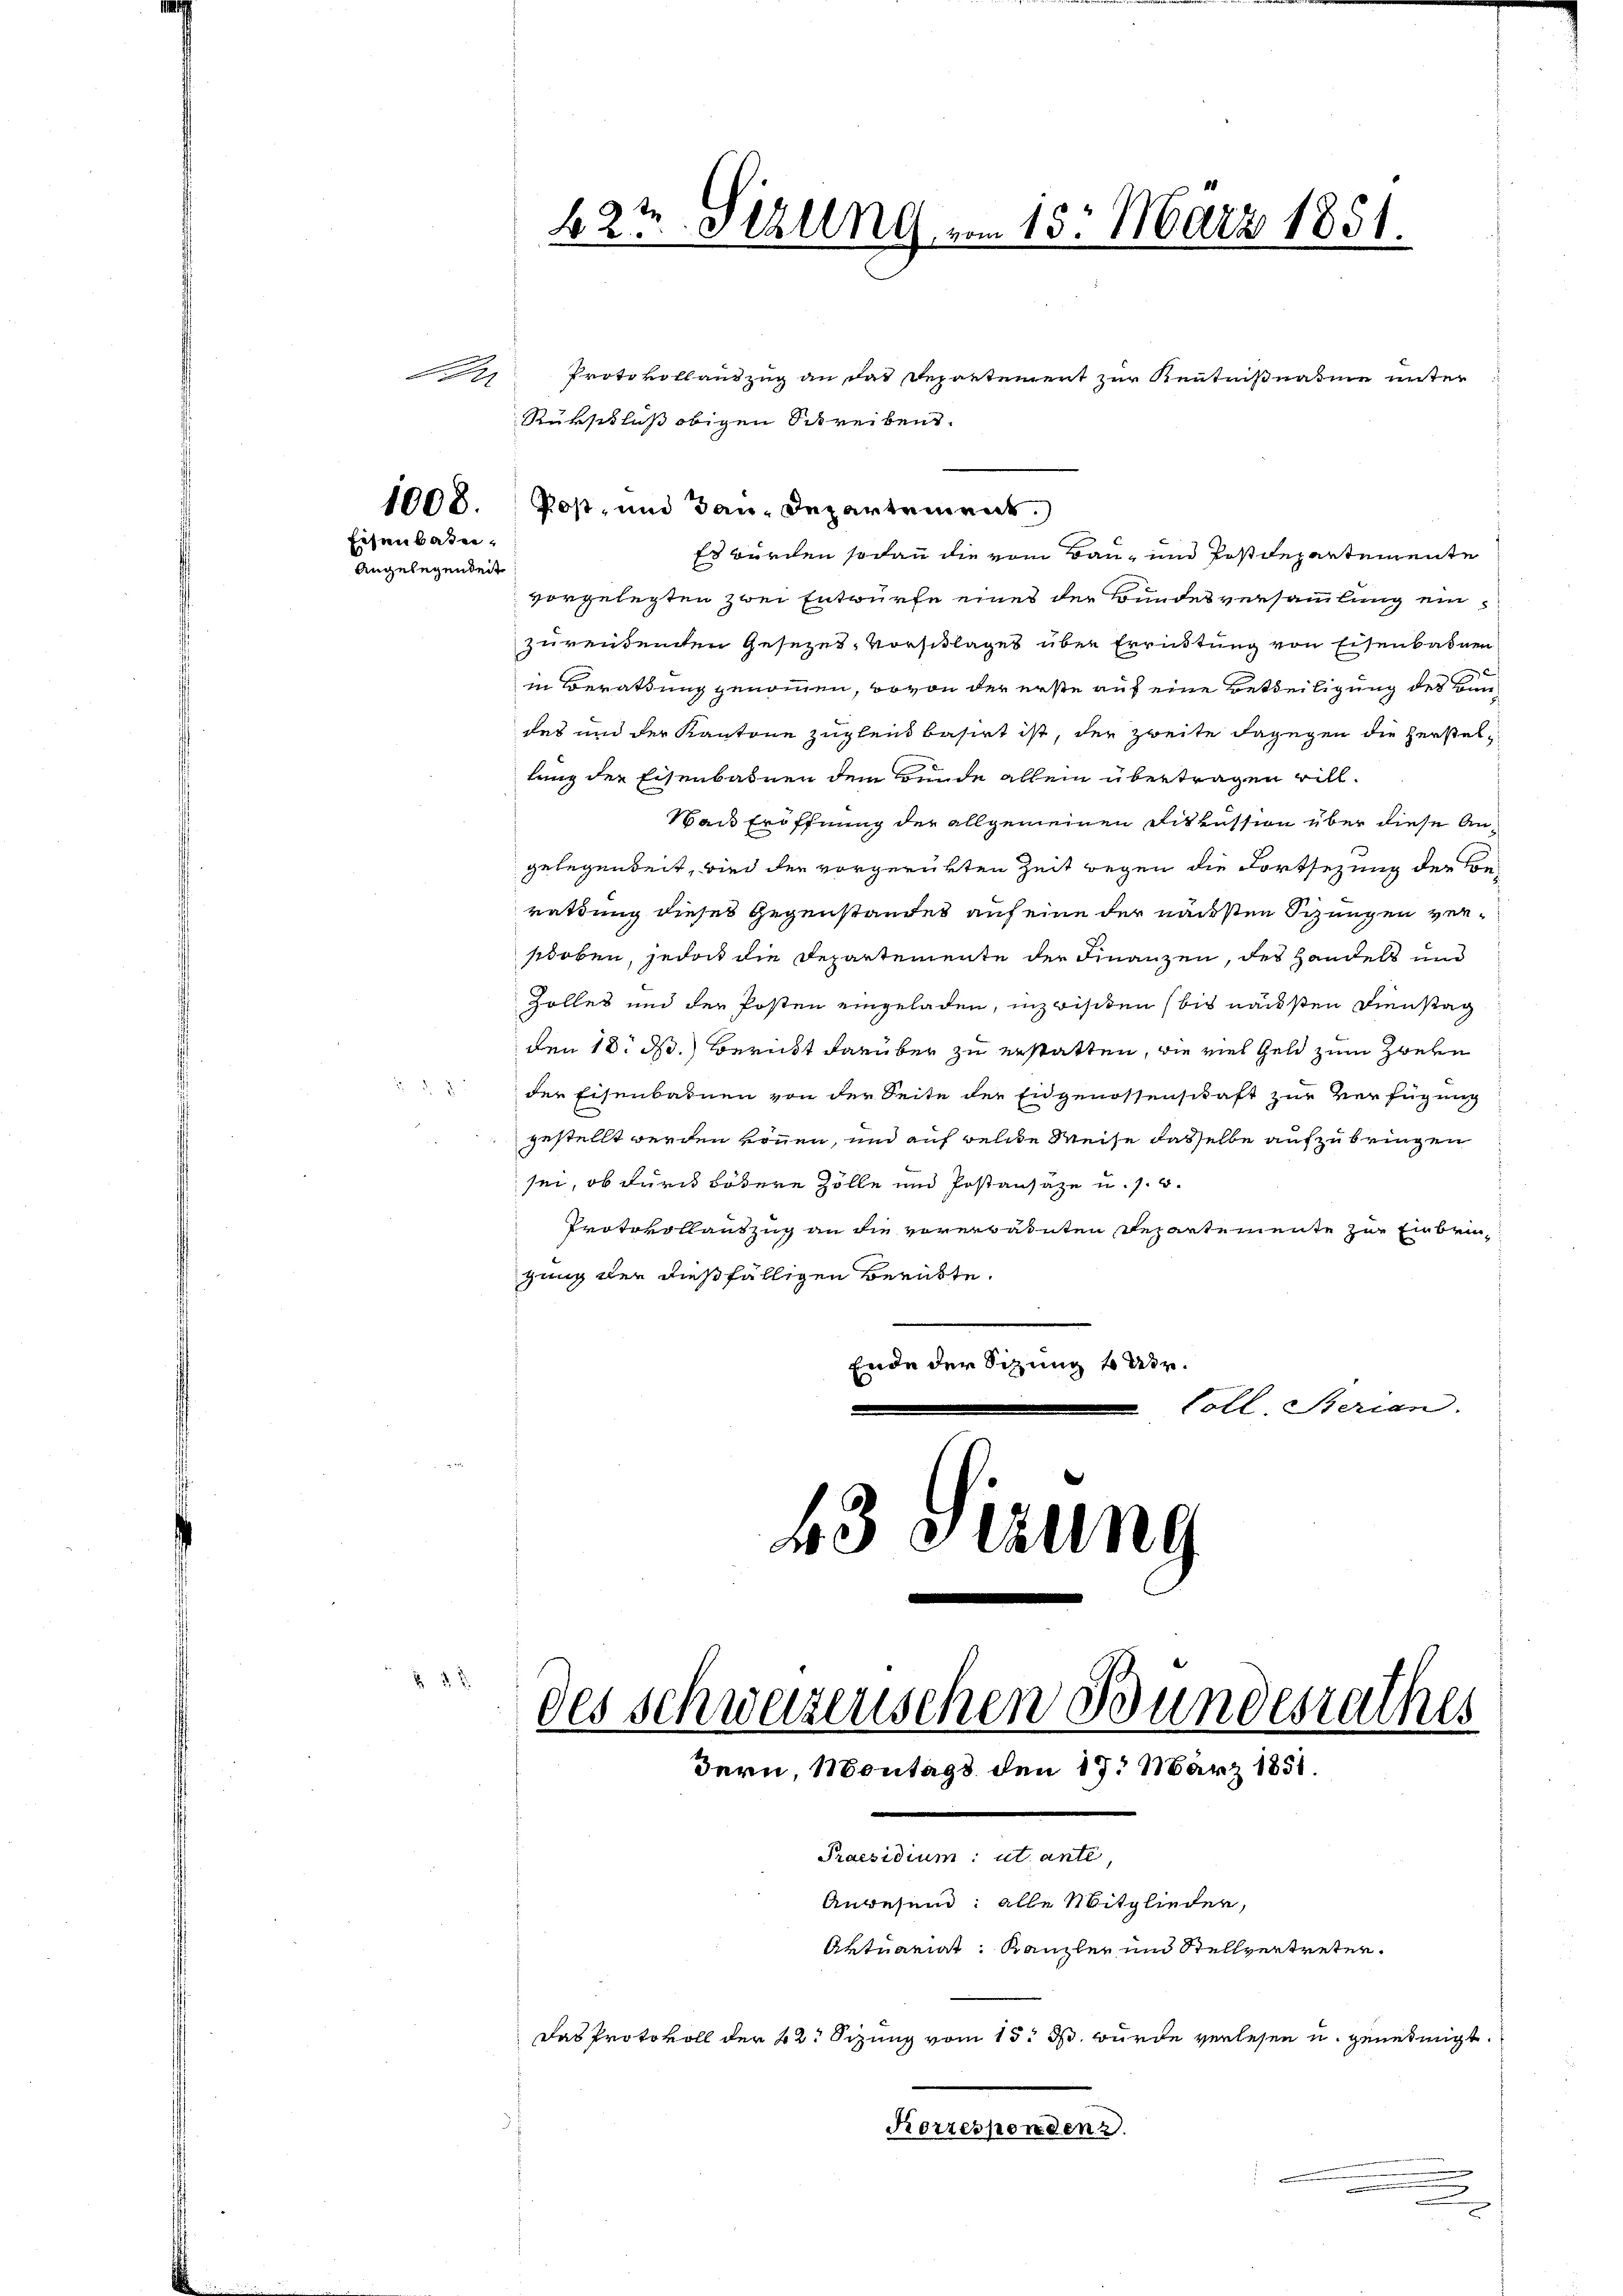
1008.
Eisenbaten.
Angelegendent

Protokollauszug an das Departement zur Kenntnißnahme unter
Rükschluß obigen Schreibens.
Post, und dan Departement.
Es wurden sodann die vom Bau- und Postdepartemente
vorgelegten zwei Entwürfe eines der Bundesversammlung einzureidenden Gesezes-Vorschlages über Errüstung von Eisenbahnen
in Berathung genommen, wovon der erste auf eine Betheiligung des Bundes und der Kantone zugleich basirt ist, der zweite dagegen die Herstellung der Eisenbahnen dem Bunde allein übertragen will¬
Wach Eröffnung der allgemeinen Fiskussion über diese Angelegenheit, wird der vorgerükten Zeit wegen die Fortsezung der Be-
rattung dieses Gegenstandes auf eine der nächsten Schungen verschoben, jedoch die Departemente der Finanzen, des Handels und
Zolles und der Posten eingeladen, inzwischen (bis nächsten Dienstag
den 18. d. Bericht darüber zu erstatten, die viel Geld zum Zweke
" der Eisenbahnen von der Seite der Eidgenossenschaft zur Verfügung
gestellt werden können, und auf welche Weise dasselbe aufzubringen
sei, ob durch bösere Zolle und Postanzaze u. s. w.
Protokollantzug an die vorerwähnten Departemente zur Einbrinzung der dießfälligen Berükte.
Ende der Sitzung 4 Uhr.
Coll. Sterian.
43 Sizung

42t Sizung vom 15. März 1851.

des schweizerischen Bundesrathes
.
Bern Montags den 17. März 1851.
Praesidium ut ante
Anwesend: alle Mitglieden,
Aktuariat Kanzler und Stellvertreten.
Das Protokoll der 42 Sizung vom 15. ds. wurde verlesen u. genehmigt.
Korrespondenz

.